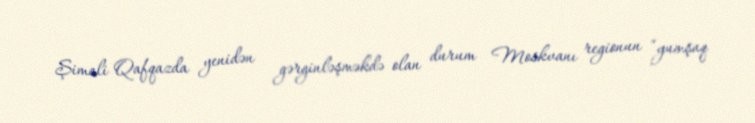
Şimali Qafqazda yenidən gərginləşməkdə olan durum Moskvanı regionun “yumşaq